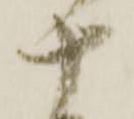
十